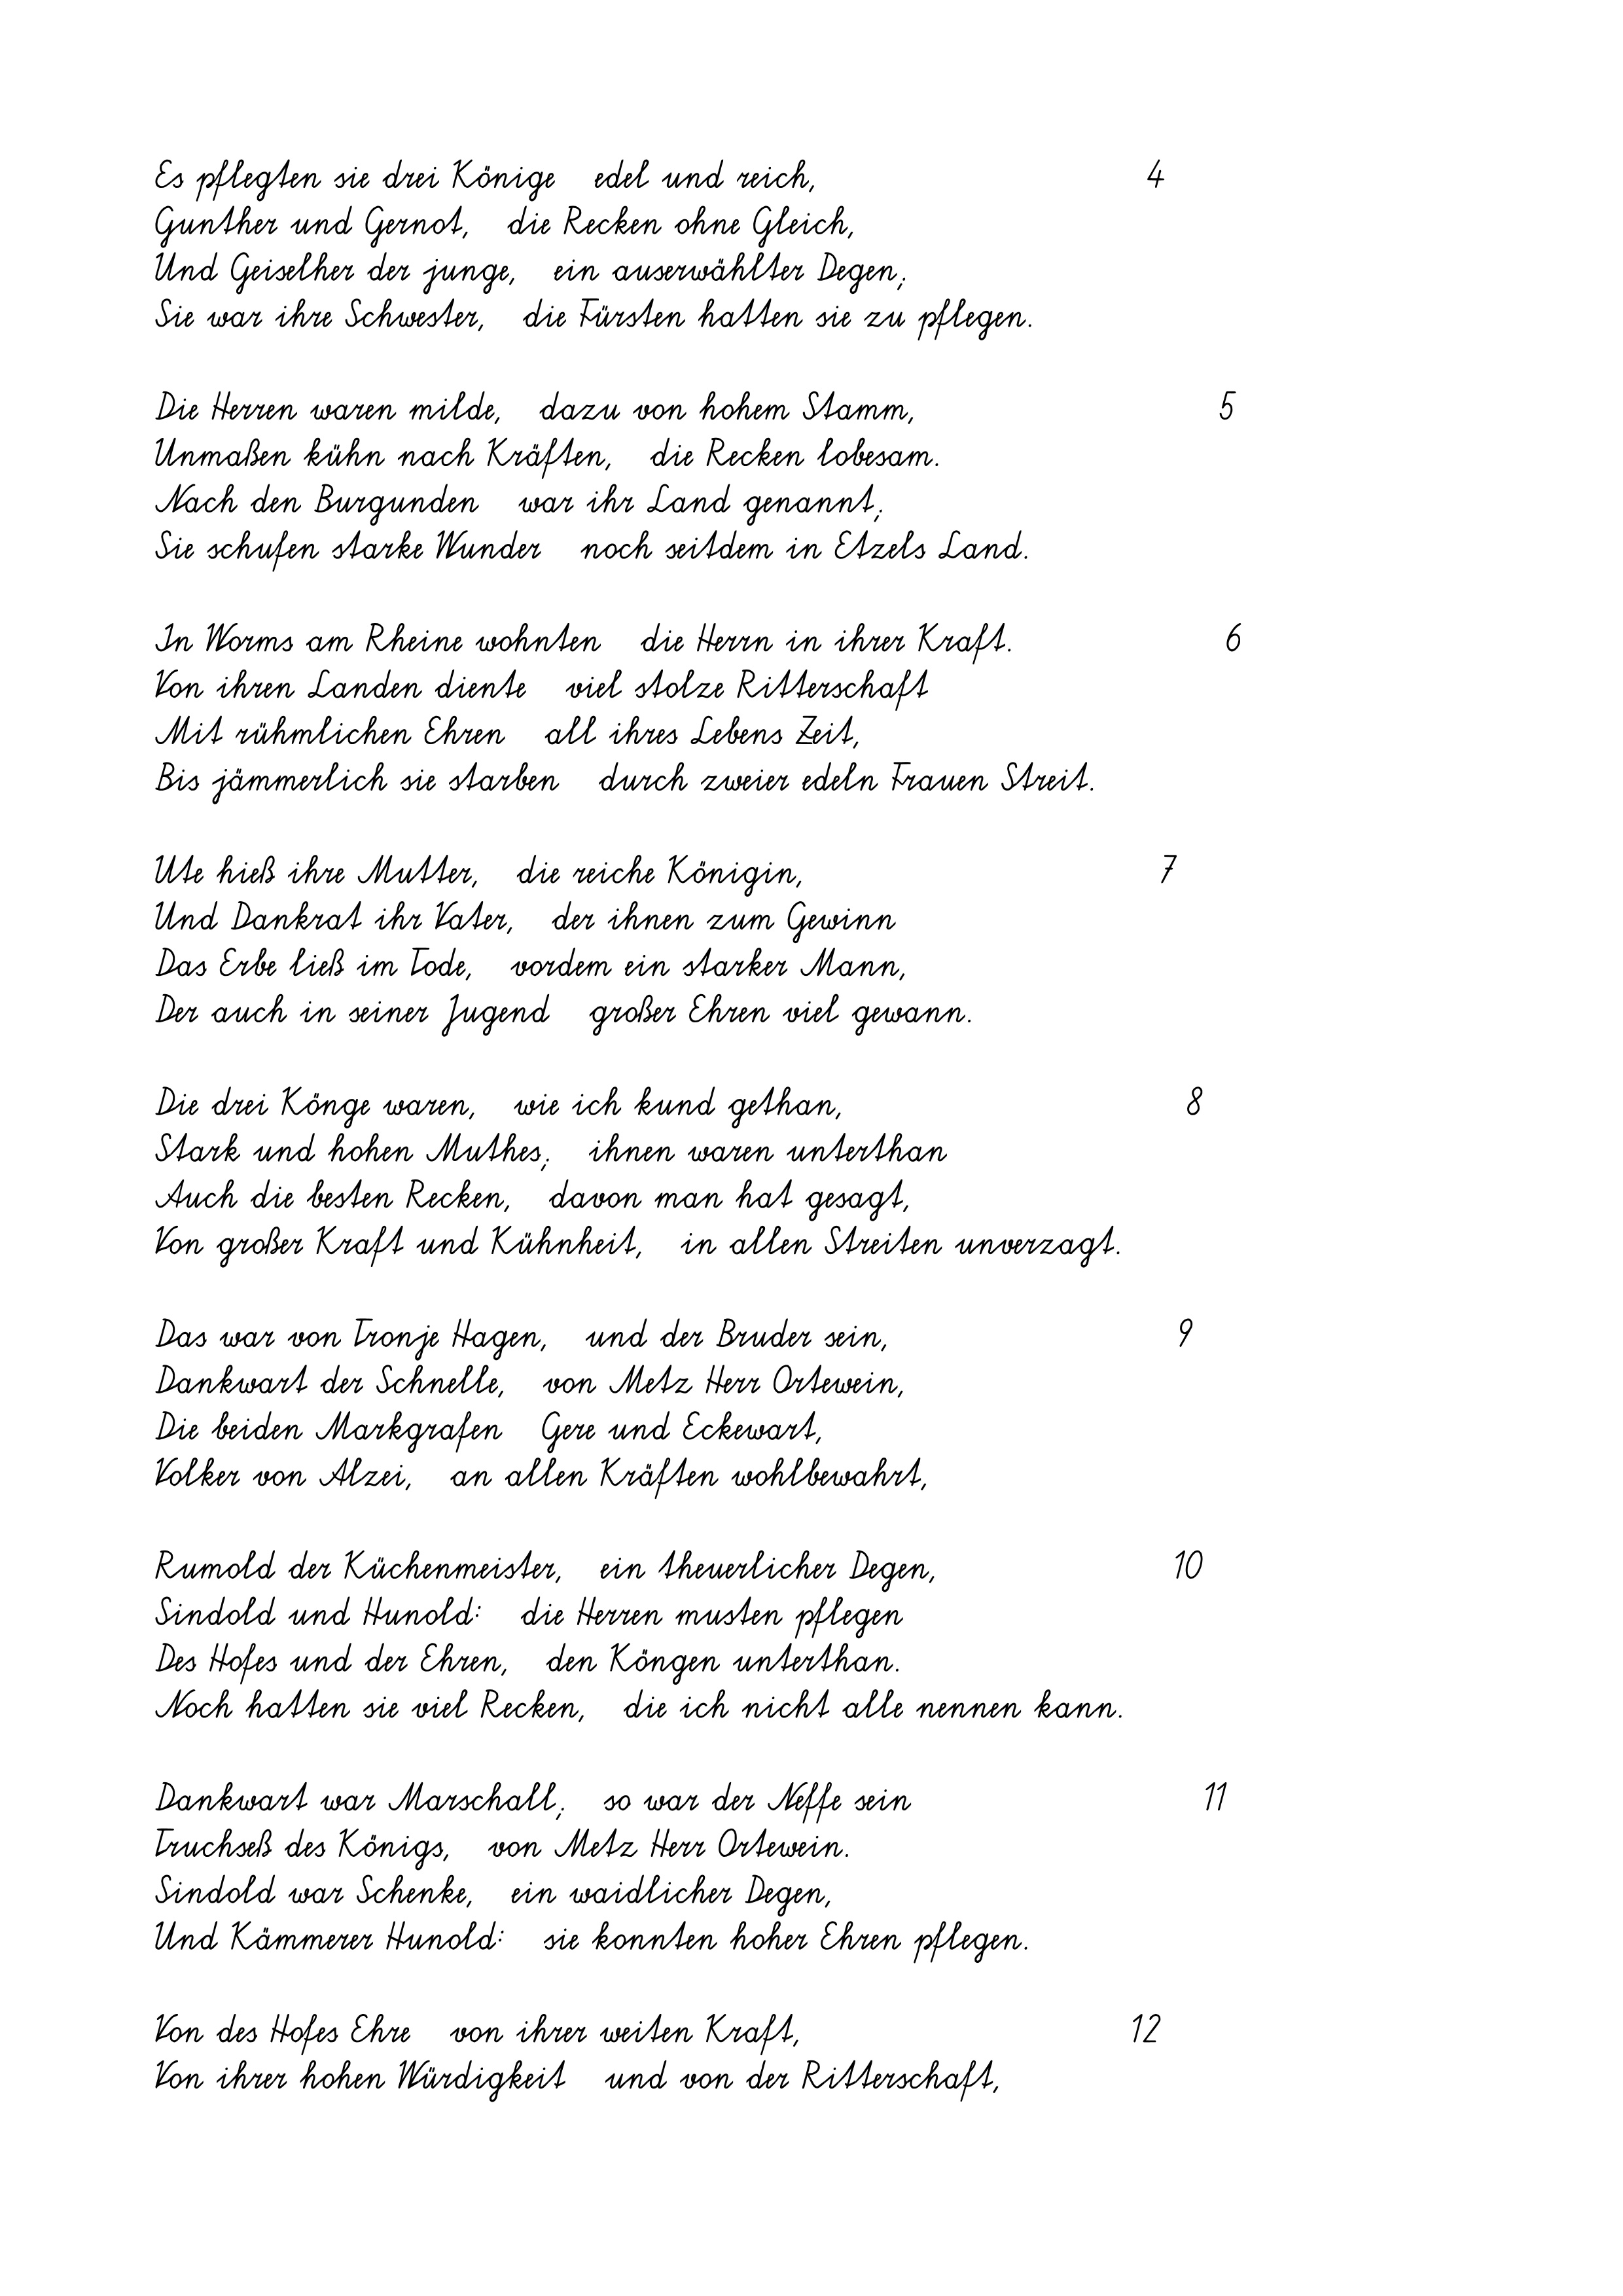
Es pflegten sie drei Könige   edel und reich,
Gunther und Gernot,   die Recken ohne Gleich,
Und Geiselher der junge,   ein auserwählter Degen;
Sie war ihre Schwester,   die Fürsten hatten sie zu pflegen.
Die Herren waren milde,   dazu von hohem Stamm,
Unmaßen kühn nach Kräften,   die Recken lobesam.
Nach den Burgunden   war ihr Land genannt;
Sie schufen starke Wunder   noch seitdem in Etzels Land.
In Worms am Rheine wohnten   die Herrn in ihrer Kraft.
Von ihren Landen diente   viel stolze Ritterschaft
Mit rühmlichen Ehren   all ihres Lebens Zeit,
Bis jämmerlich sie starben   durch zweier edeln Frauen Streit.
Ute hieß ihre Mutter,   die reiche Königin,
Und Dankrat ihr Vater,   der ihnen zum Gewinn
Das Erbe ließ im Tode,   vordem ein starker Mann,
Der auch in seiner Jugend   großer Ehren viel gewann.
Die drei Könge waren,   wie ich kund gethan,
Stark und hohen Muthes;   ihnen waren unterthan
Auch die besten Recken,   davon man hat gesagt,
Von großer Kraft und Kühnheit,   in allen Streiten unverzagt.
Das war von Tronje Hagen,   und der Bruder sein,
Dankwart der Schnelle,   von Metz Herr Ortewein,
Die beiden Markgrafen   Gere und Eckewart,
Volker von Alzei,   an allen Kräften wohlbewahrt,
Rumold der Küchenmeister,   ein theuerlicher Degen,
Sindold und Hunold:   die Herren musten pflegen
Des Hofes und der Ehren,   den Köngen unterthan.
Noch hatten sie viel Recken,   die ich nicht alle nennen kann.
Dankwart war Marschall;   so war der Neffe sein
Truchseß des Königs,   von Metz Herr Ortewein.
Sindold war Schenke,   ein waidlicher Degen,
Und Kämmerer Hunold:   sie konnten hoher Ehren pflegen.
Von des Hofes Ehre   von ihrer weiten Kraft,
Von ihrer hohen Würdigkeit   und von der Ritterschaft,

5

7

9

4

10

8

1

6